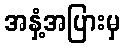
အနှံ့အပြားမှ